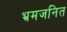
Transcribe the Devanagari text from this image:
भ्रमजनित